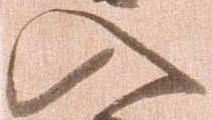
入